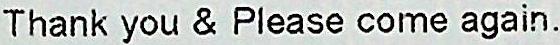
THANK YOU & PLEASE COME AGAIN.